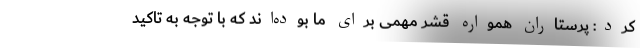
کرد: پرستاران همواره قشر مهمی برای ما بوده‌اند که با توجه به تاکید